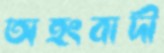
অহংবাদী